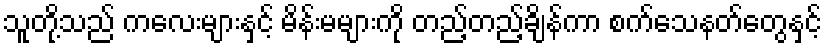
သူတို့သည် ကလေးများနှင့် မိန်းမများကို တည့်တည့်ချိန်ကာ စက်သေနတ်တွေနှင့်